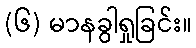
(၆) မာနခွါရှုခြင်း။